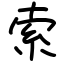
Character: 索